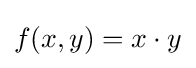
f(x,y)=x\cdot y